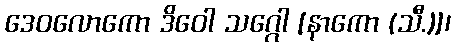
ဒေဝလောကော ဒိဝေါ သဂ္ဂေါ [နာကော (သီ.)]၊